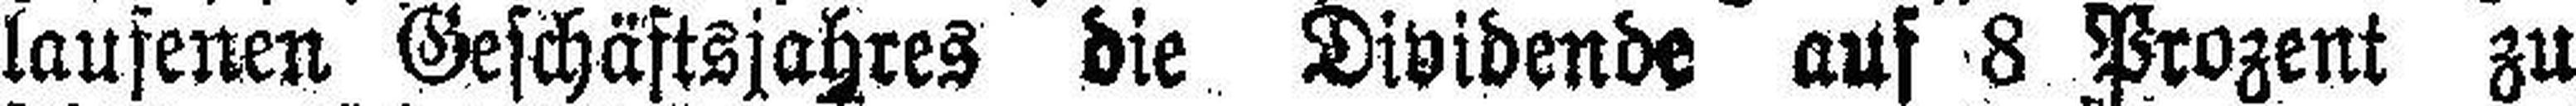
laufenen Geschäftsjahres die Dividende auf 8 Prozent zu